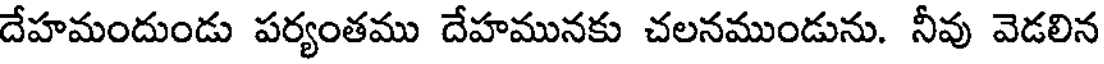
దేహమందుండు పర్యంతము దేహమునకు చలనముండును. నీవు వెడలిన